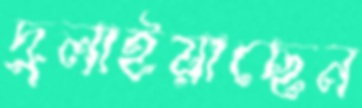
দুলাইয়াছেন